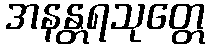
အနန္တရသုတ္တေ